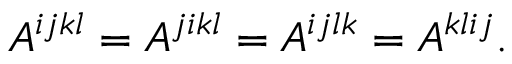
\begin{array} { r } { A ^ { i j k l } = A ^ { j i k l } = A ^ { i j l k } = A ^ { k l i j } . } \end{array}